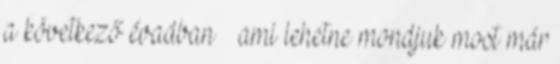
a következő évadban – ami lehetne mondjuk most már